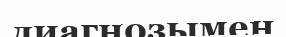
диагнозымен